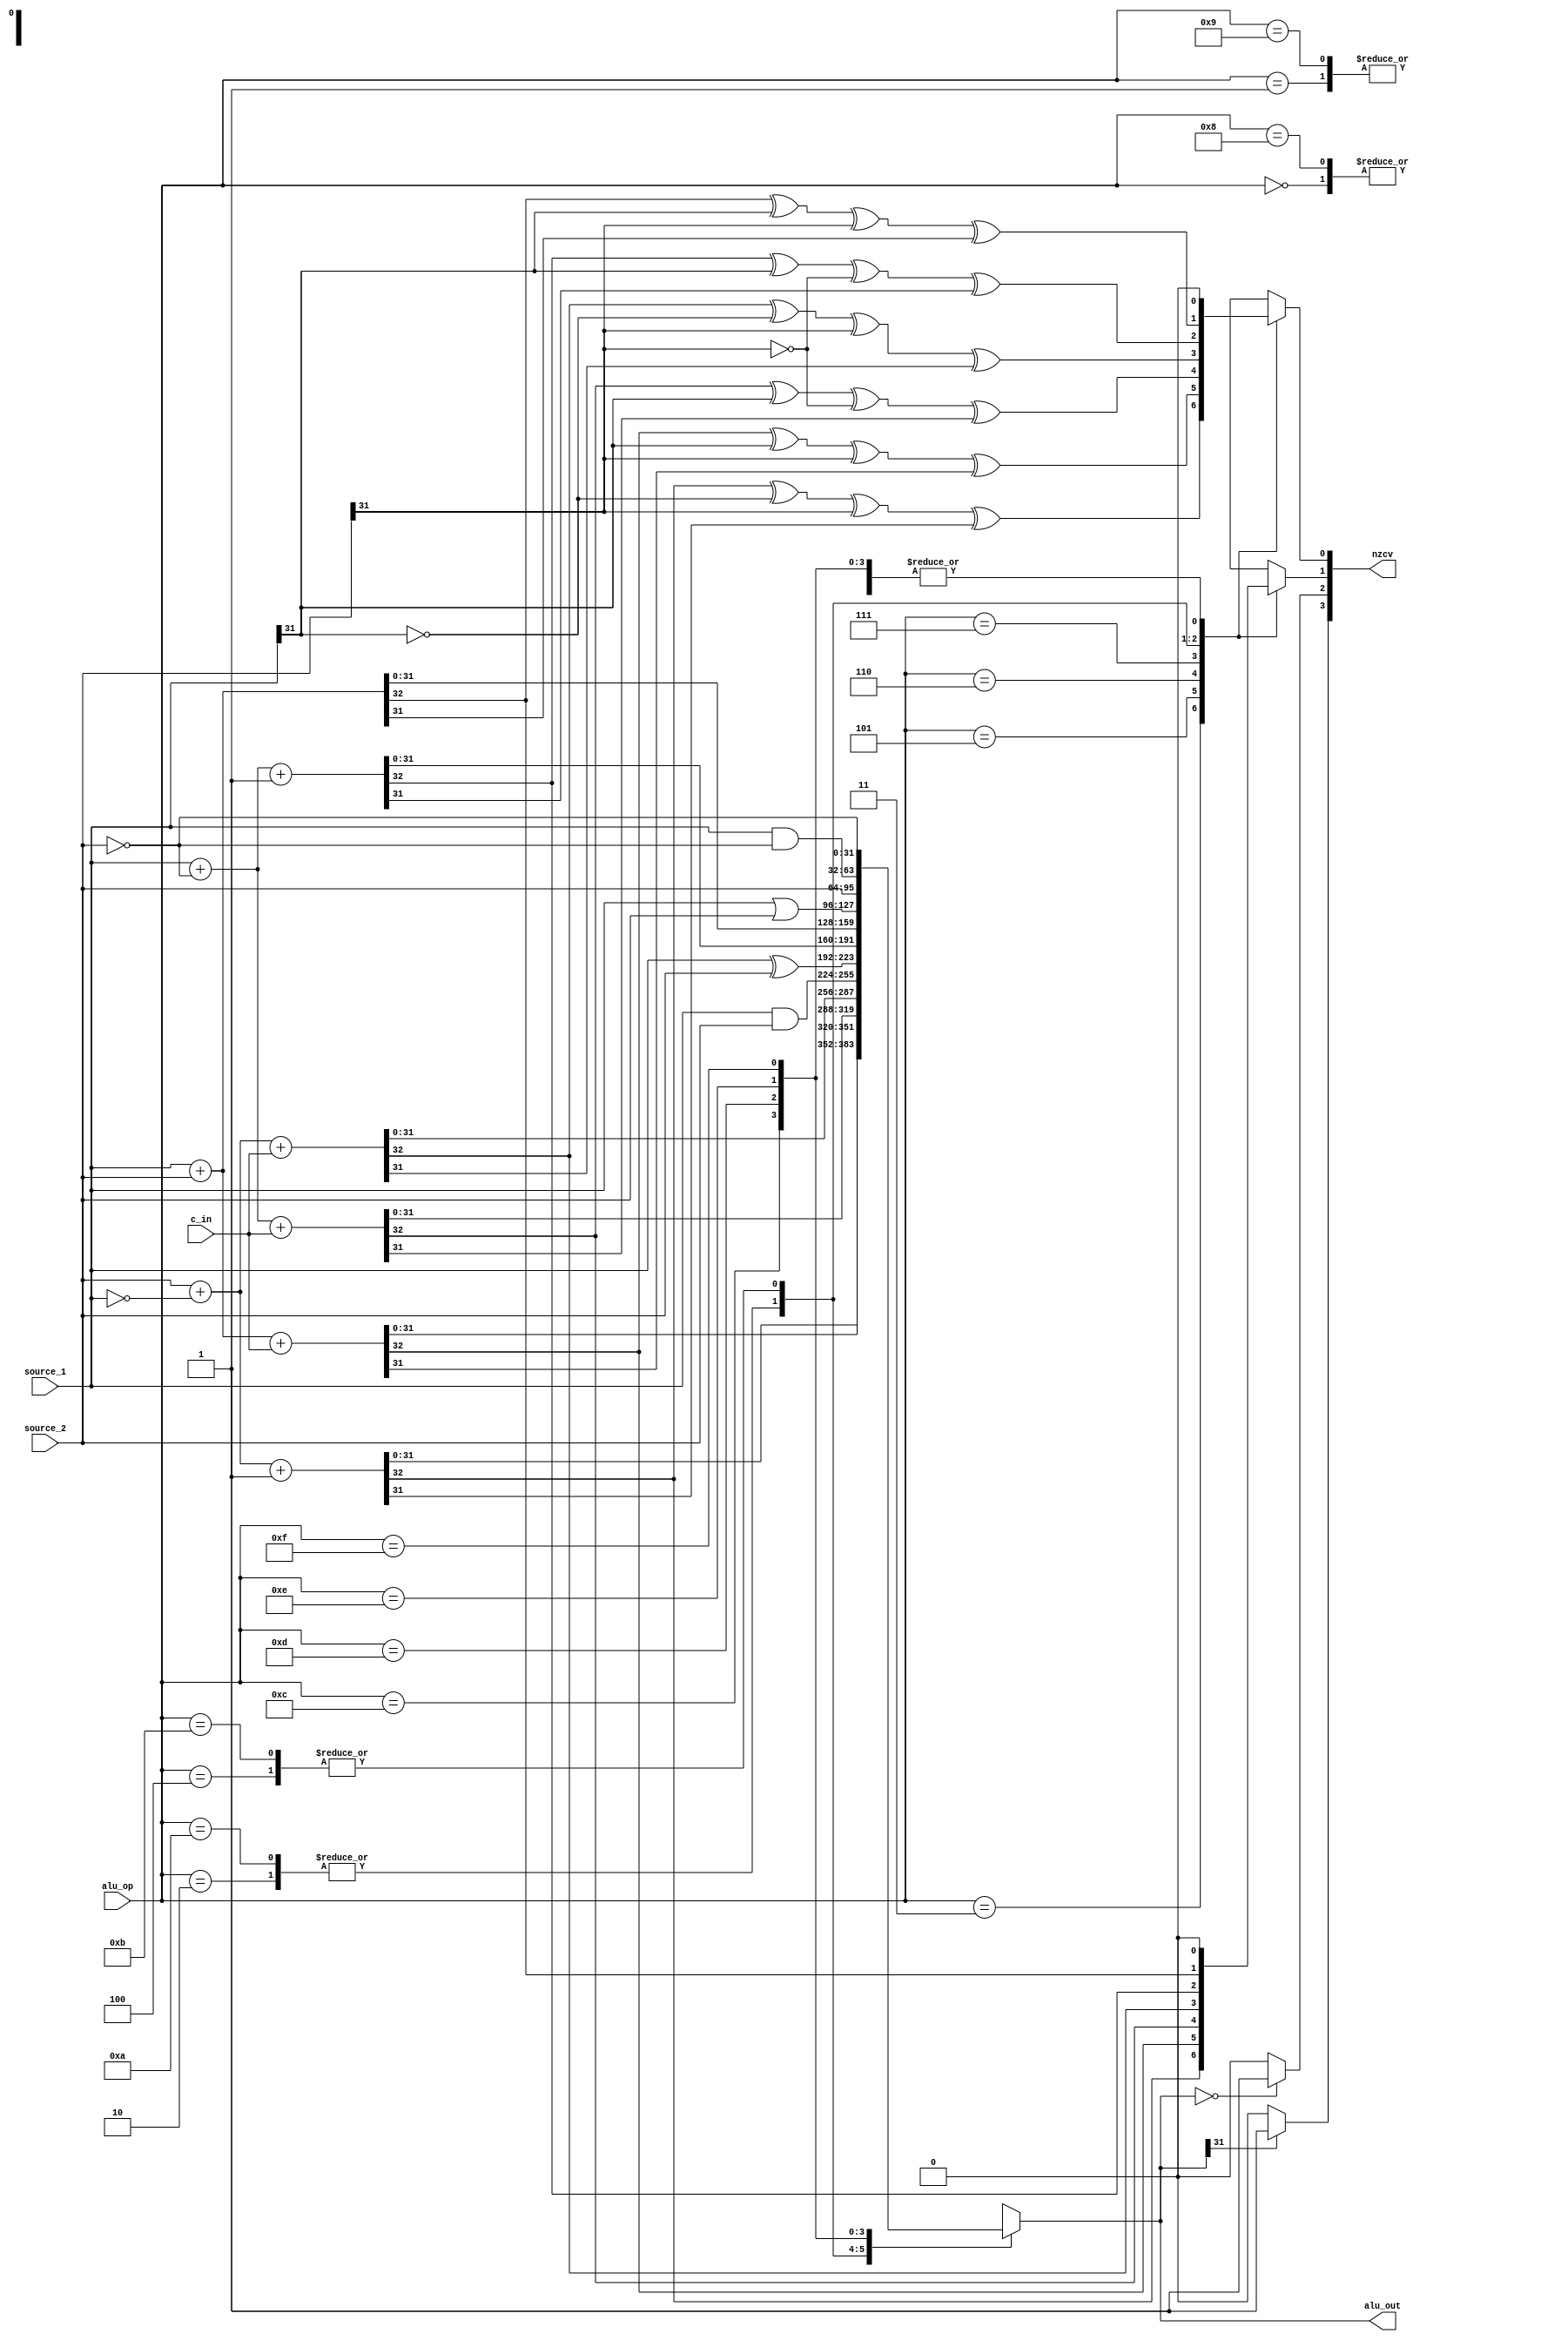

module alu_32bit(source_1,source_2,alu_op,c_in,nzcv,alu_out);
	input c_in;
	input [3:0] alu_op;
	input [31:0] source_1,source_2;
	output [3:0] nzcv;
	output [31:0] alu_out;
	
	reg [3:0]nzcv;
	reg [31:0] alu_out;

	always@(*)begin
		case(alu_op)
			4'd0 : begin
				alu_out = source_1 & source_2;
				nzcv[0] = 0;
				nzcv[1] = 0;
			end
			4'd1 : begin
				alu_out = source_1^source_2;
				nzcv[0] = 0;
				nzcv[1] = 0;
			end
			4'd2 : begin
				{nzcv[1], alu_out} = {1'b0, source_1} + {1'b0, ~source_2} + 1'b1;
				nzcv[0] = nzcv[1] ^ source_1[31] ^ (~source_2[31]) ^ alu_out[31];
			end
			4'd3 : begin
				{nzcv[1], alu_out} = {1'b0, source_2} + {1'b0, ~source_1} + 1'b1;
				nzcv[0] = nzcv[1] ^ (~source_1[31]) ^ source_2[31] ^ alu_out[31];
			end
			4'd4 : begin
				{nzcv[1], alu_out} = {1'b0, source_1} + {1'b0, source_2};
				nzcv[0] = nzcv[1] ^ source_1[31] ^ source_2[31] ^ alu_out[31];
			end
			4'd5 : begin
				{nzcv[1], alu_out} = {1'b0, source_1} + {1'b0, source_2} + c_in;
				nzcv[0] = nzcv[1] ^ source_1[31] ^ source_2[31] ^ alu_out[31];
			end
			4'd6 : begin
				{nzcv[1], alu_out} = {1'b0, source_1} + {1'b0, ~source_2} + c_in;
				nzcv[0] = nzcv[1] ^ source_1[31] ^ (~source_2[31]) ^ alu_out[31];
			end
			4'd7 : begin
				{nzcv[1], alu_out} = {1'b0, source_2} + {1'b0, ~source_1} + c_in;
				nzcv[0] = nzcv[1] ^ (~source_1[31]) ^ source_2[31] ^ alu_out[31];
			end
			4'd8 : begin
				alu_out = source_1&source_2;
				nzcv[0] = 0;
				nzcv[1] = 0;
			end
			4'd9 : begin
				alu_out= source_1^source_2;
				nzcv[0] = 0;
				nzcv[1] = 0;
			end
			4'd10 : begin
				{nzcv[1], alu_out} = {1'b0, source_1} + {1'b0, ~source_2} + 1'b1;
				nzcv[0] = nzcv[1] ^ source_1[31] ^ (~source_2[31]) ^ alu_out[31];
			end
			4'd11 : begin
				{nzcv[1], alu_out}= {1'b0, source_1} + {1'b0, source_2};
				nzcv[0] = nzcv[1] ^ source_1[31] ^ source_2[31] ^ alu_out[31];
			end
			4'd12 : begin
				alu_out = source_1|source_2;
				nzcv[0] = 0;
				nzcv[1] = 0;
			end
			4'd13 : begin
				alu_out = source_2;
				nzcv[0] = 0;
				nzcv[1] = 0;
			end
			4'd14 : begin
				alu_out = source_1&(~source_2);
				nzcv[0] = 0;
				nzcv[1] = 0;
			end
			4'd15 : begin
				alu_out = ~source_2;
				nzcv[0] = 0;
				nzcv[1] = 0;
			end
			
		endcase
		
		if(alu_out == 32'b0)
			nzcv[2] = 1;
		else
			nzcv[2] = 0;
		if(alu_out[31] == 1)
			nzcv[3] = 1;
		else
			nzcv[3] = 0;
	end
endmodule